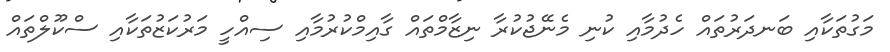
މަގުތަކާއި ބަނދަރުތައް ހެދުމާއި ކުނި މެނޭޖުކުރާ ނިޒާމްތައް ގާއިމްކުރުމާއި ސިއްހީ މަރުކަޒުތަކާއި ސްކޫލްތައް